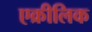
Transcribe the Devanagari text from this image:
एक्रीलिक